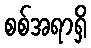
စစ်အရာရှိ